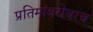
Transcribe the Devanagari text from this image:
प्रतिमांबरोबरच